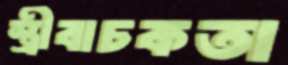
স্ত্রীবাচকতা